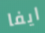
ايفا